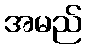
အမည်